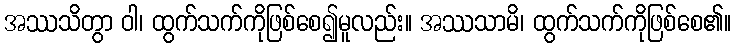
အဿသိတွာ ဝါ၊ ထွက်သက်ကိုဖြစ်စေ၍မူလည်း။ အဿသာမိ၊ ထွက်သက်ကိုဖြစ်စေ၏။